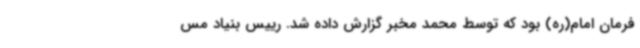
فرمان امام(ره) بود که توسط محمد مخبر گزارش داده شد. رییس بنیاد مس